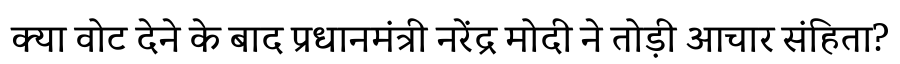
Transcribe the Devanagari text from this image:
क्या वोट देने के बाद प्रधानमंत्री नरेंद्र मोदी ने तोड़ी आचार संहिता?